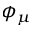
\phi _ { \mu }